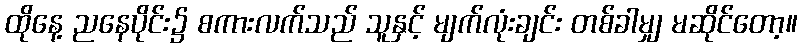
ထိုနေ့ ညနေပိုင်း၌ စကားလက်သည် သူနှင့် မျက်လုံးချင်း တစ်ခါမျှ မဆိုင်တော့။